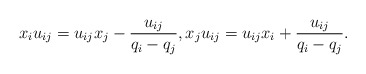
\begin{gather*}x_i u_{ij}= u_{ij} x_j - {u_{ij} \over q_i-q_j},x_j u_{ij}= u_{ij} x_i+{u_{ij} \over q_i -q_j}.\end{gather*}